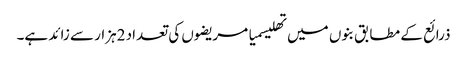
ذرائع کے مطابق بنوں میں تھلیسمیا مریضوں کی تعداد 2ہزار سے زائد ہے۔